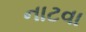
નાટવા